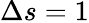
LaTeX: \Delta s=1